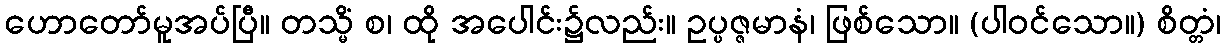
ဟောတော်မူအပ်ပြီ။ တသ္မိံ စ၊ ထို အပေါင်း၌လည်း။ ဥပ္ပဇ္ဇမာနံ၊ ဖြစ်သော။ (ပါဝင်သော။) စိတ္တံ၊